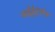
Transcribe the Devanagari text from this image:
आईईटीऍफ़